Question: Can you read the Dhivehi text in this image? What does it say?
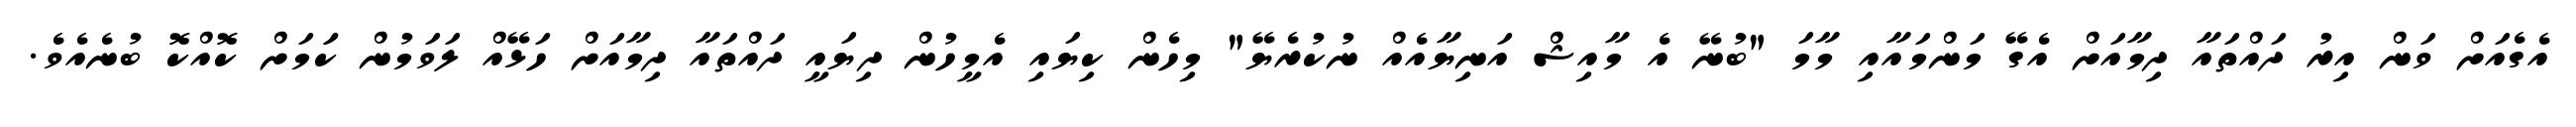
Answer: އެގެއަށް ވަން އިރު ދައްތައާ ދިމާއަށް އެގޭ މަންމައާއި މާމަ "ބުނޭ އެ މާއިޝް އަނިޔާއެއް ނުކުރެޔޭ" މިހެން ކިޔައި އެމީހުން ދިޔައީ ދައްތައާ ދިމާއަށް ހަޅޭއް ލަވަމުން ކަަމަށް ކޮއްކޮ ބުނެއެވެ.